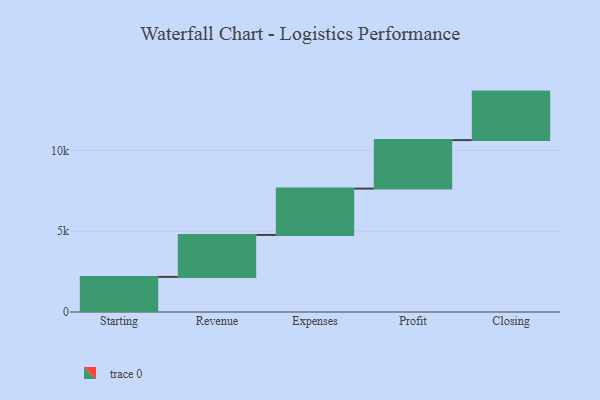
{"axis": {"x": "Step", "y": "Value"}, "legend": [""], "data": [{"x": "Starting", "y": 2172.0, "type": ""}, {"x": "Revenue", "y": 2593.0, "type": ""}, {"x": "Expenses", "y": 2865.0, "type": ""}, {"x": "Profit", "y": 3000, "type": ""}, {"x": "Closing", "y": 3000, "type": ""}]}